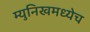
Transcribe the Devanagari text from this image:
म्युनिखमध्येच